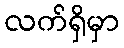
လက်ရှိမှာ